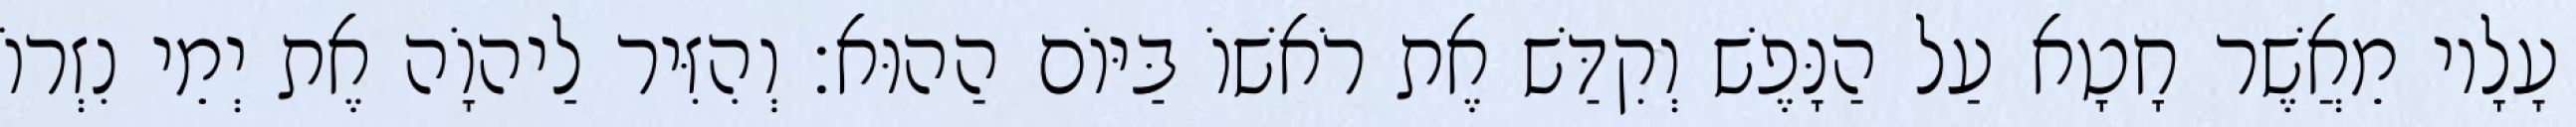
עָלָיו מֵאֲשֶׁר חָטָא עַל הַנָּפֶשׁ וְקִדַּשׁ אֶת רֹאשׁוֹ בַּיּוֹם הַהוּא׃ וְהִזִּיר לַיהוָֹה אֶת יְמֵי נִזְרוֹ